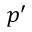
p ^ { \prime }